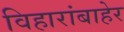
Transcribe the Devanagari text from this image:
विहारांबाहेर